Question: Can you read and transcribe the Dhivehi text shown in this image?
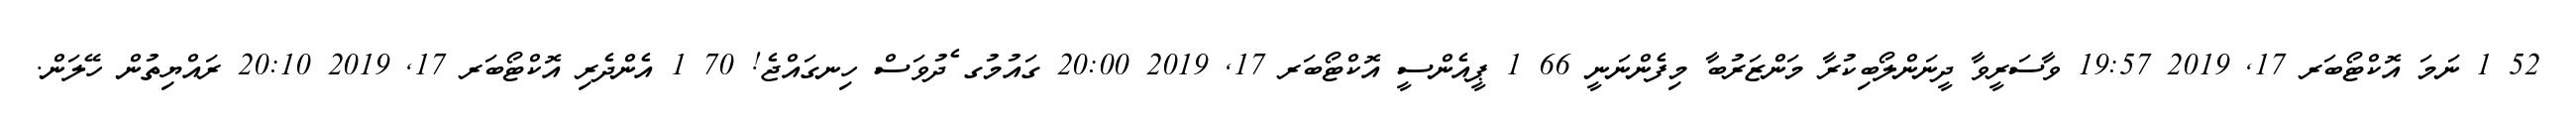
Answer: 52 1 ނަމަ އޮކްޓޯބަރ 17, 2019 19:57 ވާސަރީވާ ދީނަންލޯބިކުރާ މަންޒަރުބާ މިފެންނަނީ 66 1 ޕީއެންސީ އޮކްޓޯބަރ 17, 2019 20:00 ގައުމުގ ެދުވަސް ހިނގައްޖެ! 70 1 އެންދެރި އޮކްޓޯބަރ 17, 2019 20:10 ރައްޔިތުން ހޭލަން.